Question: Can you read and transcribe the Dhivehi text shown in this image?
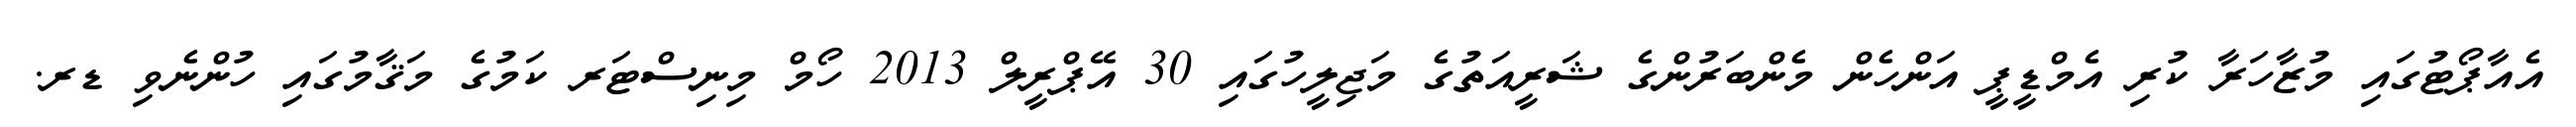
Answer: އެއާޕޯޓުގައި މުޒާހަރާ ކުރި އެމްޑީޕީ އަންހެން މެންބަރުންގެ ޝަރީއަތުގެ މަޖިލީހުގައި 30 އޭޕްރީލް 2013 ހޯމް މިނިސްޓަރ ކަމުގެ މަޤާމުގައި ހުންނެވި ޑރ.